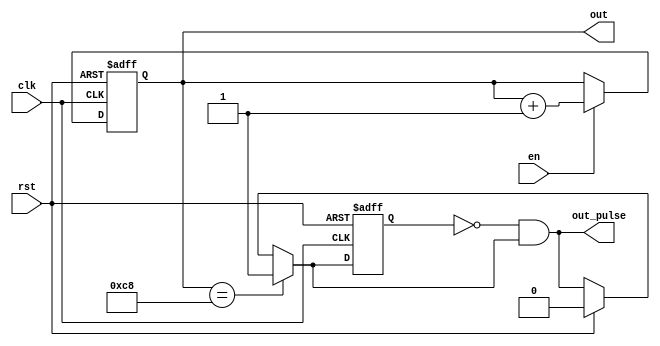
module cnt (out, out_pulse, clk ,rst,en);
  output reg [7:0] out;
  output reg out_pulse;
  input clk,rst,en;
  
  reg out_pulse_r,tmp_r;
  
  always @(*)
    begin 
      if(rst)
        out_pulse = 0;
      if(out == 8'd200 ) begin
          out_pulse = 1'b1;
      end
       out_pulse_r = out_pulse;
       out_pulse = (~tmp_r)&out_pulse;
       
    end
  
  always @(posedge clk or posedge rst)
    begin 
      if (rst)
        begin 
            tmp_r <= 1'b0;
            out <= 8'h00;
        end
      else 
        begin 
        tmp_r <= out_pulse_r;
        if(en)
           begin 
             out <= out + 1'b1; 
           end
        end
    end
endmodule